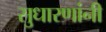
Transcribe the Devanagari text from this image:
सुधारणांनी